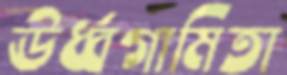
ঊর্ধ্বগামিতা